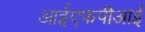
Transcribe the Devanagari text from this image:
आईएफपीआई